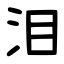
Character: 泪